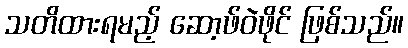
သတိထားရမည့် ဆော့ဖ်ဝဲဖိုင် ဖြစ်သည်။